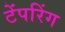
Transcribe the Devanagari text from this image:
टेंपरिंग